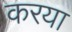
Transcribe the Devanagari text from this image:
करया